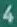
4